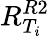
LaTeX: R_{T_{i}}^{R2}